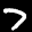
Label: 7